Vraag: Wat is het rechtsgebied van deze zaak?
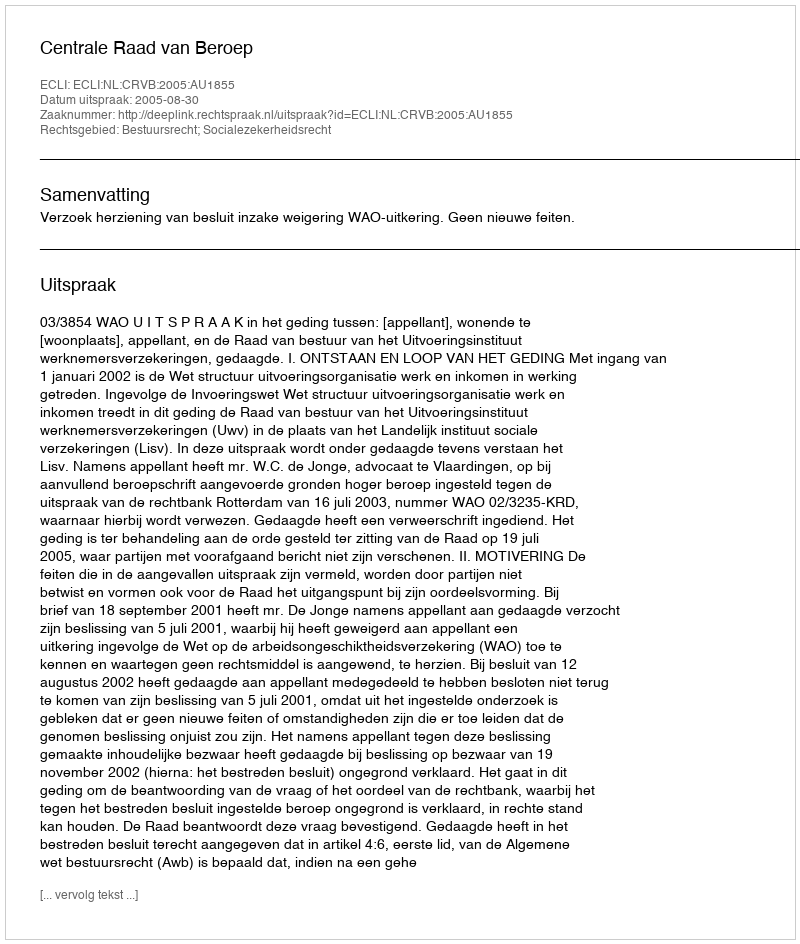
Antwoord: Bestuursrecht; Socialezekerheidsrecht